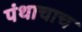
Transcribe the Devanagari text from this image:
पंथाचाच